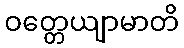
ဝတ္တေယျာမာတိ